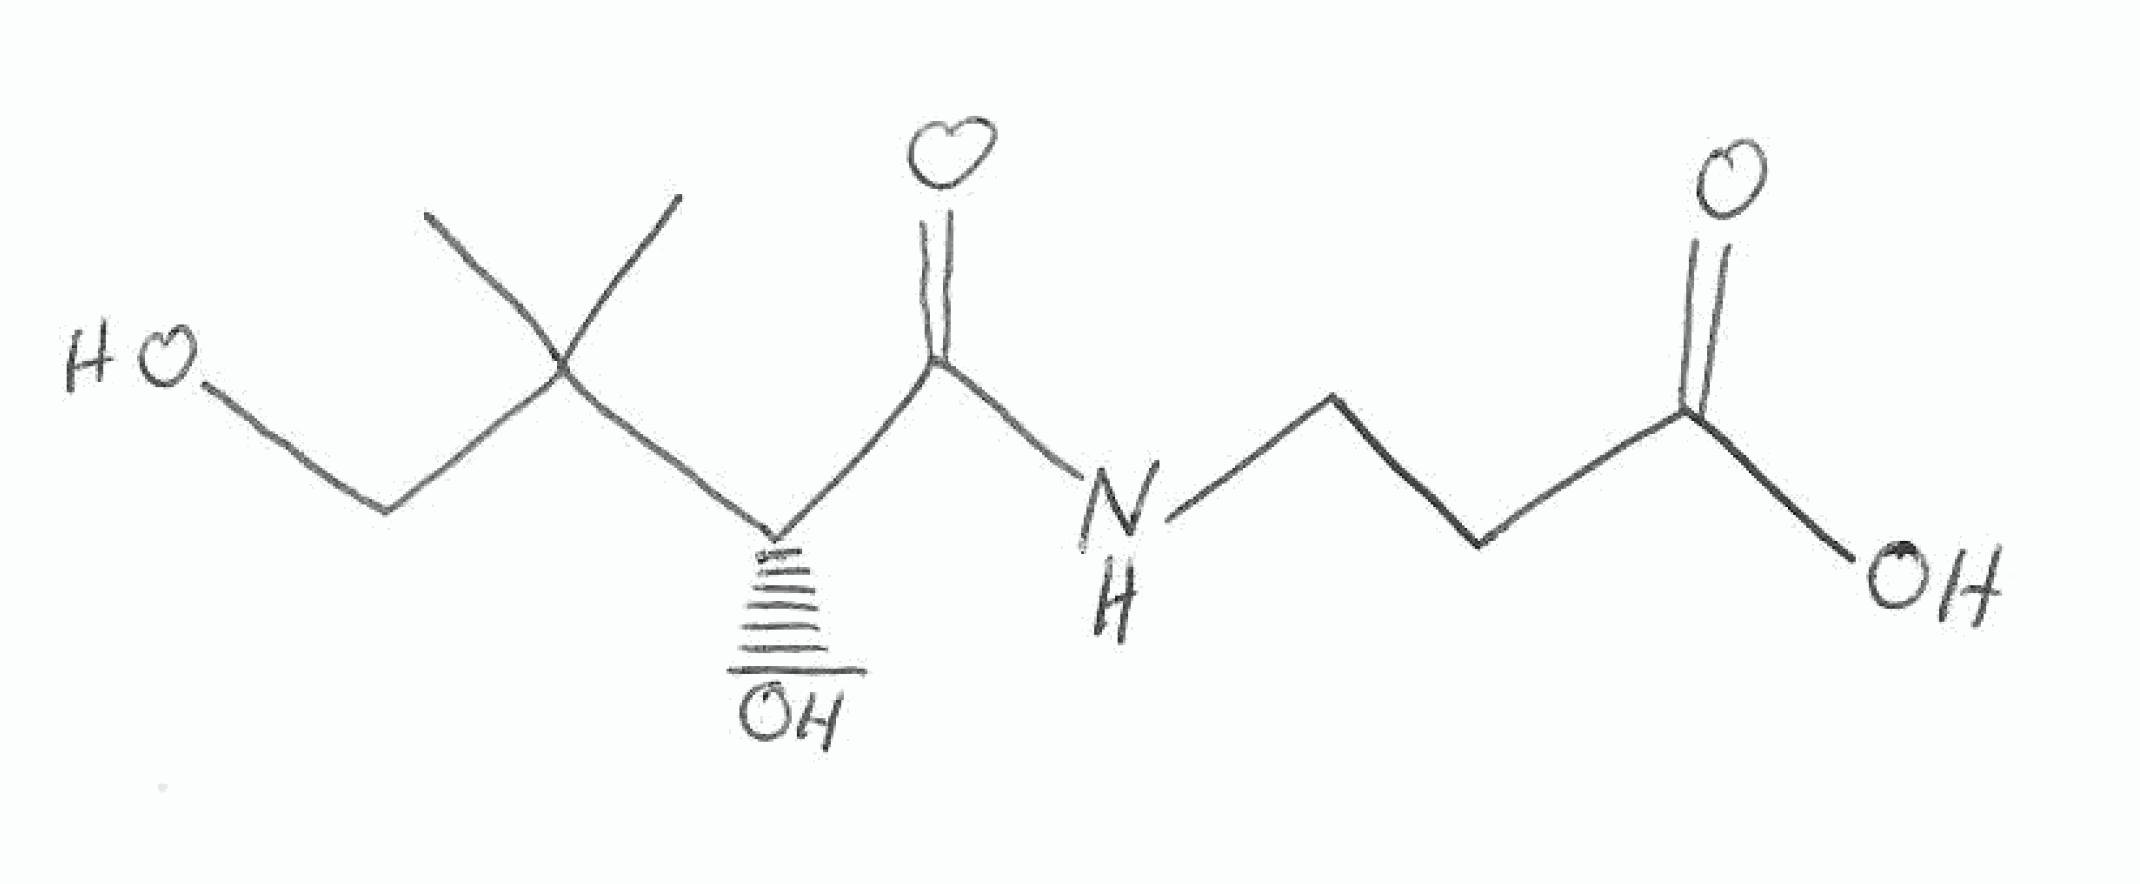
Simplified molecular-input line-entry system (SMILES) notation of the given molecule:
CC(C)(CO)[C@H](C(=O)NCCC(=O)O)O